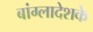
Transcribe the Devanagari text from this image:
बांग्लादेशके